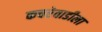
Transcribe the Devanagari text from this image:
कचरेवाडीला